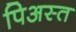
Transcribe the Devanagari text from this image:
पिअस्त